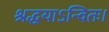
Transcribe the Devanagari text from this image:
श्रद्धयाऽन्वितः।